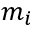
m _ { i }